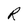
Character: R